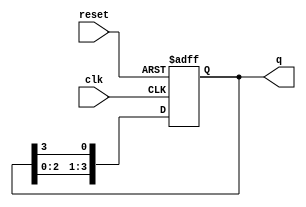
module ring_counter (
    input wire clk,          // Clock input
    input wire reset,        // Reset input
    output reg [3:0] q       // 4-bit output
);

// Initial state of the ring counter
initial begin
    q = 4'b1000; // Initial state: 1000
end

// Always block triggered on the rising edge of the clock or reset
always @(posedge clk or posedge reset) begin
    if (reset) begin
        q <= 4'b1000; // Reset state to 1000
    end else begin
        // State transition logic for ring counter
        q <= {q[2:0], q[3]}; // Shift left and wrap around
    end
end

endmodule